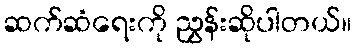
ဆက်ဆံရေးကို ညွှန်းဆိုပါတယ်။